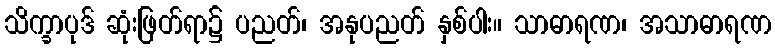
သိက္ခာပုဒ် ဆုံးဖြတ်ရာ၌ ပညတ်၊ အနုပညတ် နှစ်ပါး။ သာဓာရဏ၊ အသာဓာရဏ